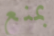
بمنع